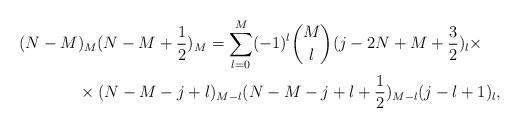
LaTeX: \begin{align*} (N-M&)_M(N-M+\frac 12)_M=\sum_{l=0}^M(-1)^l{M\choose l}(j-2N+M+\frac 32)_l\times\\ &\times (N-M-j+l)_{M-l}(N-M-j+l+\frac 12)_{M-l}(j-l+1)_l, \end{align*}